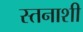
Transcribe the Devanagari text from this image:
स्तनाशी